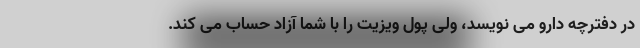
در دفترچه دارو می نویسد، ولی پول ویزیت را با شما آزاد حساب می کند.